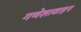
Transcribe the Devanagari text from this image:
गणेशावाहन